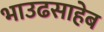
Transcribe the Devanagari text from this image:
भाउढसाहेब